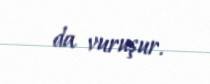
da vuruşur.